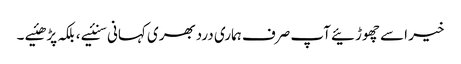
خیر اسے چھوڑئیے آپ صرف ہماری دردبھری کہانی سنئیے ، بلکہ پڑھئیے ۔